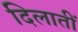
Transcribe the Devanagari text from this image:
दिलातीं